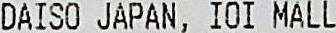
DAISO JAPAN, IOI MALL